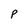
Character: p